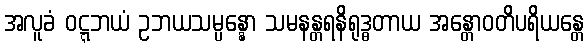
အလူခံ ဝဋ္ဋဘယံ ဥဘယသမ္ပန္နော သမနန္တရနိရုဒ္ဓတာယ အန္တောဝတိပရိယန္တေ